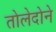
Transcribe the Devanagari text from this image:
तोलेदोने